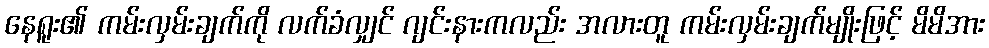
နေရူး၏ ကမ်းလှမ်းချက်ကို လက်ခံလျှင် ဂျင်းနားကလည်း အလားတူ ကမ်းလှမ်းချက်မျိုးဖြင့် မိမိအား